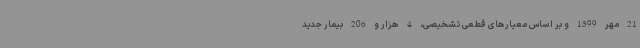
21 مهر 1399 و بر اساس معیارهای قطعی تشخیصی، 4 هزار و 206 بیمار جدید